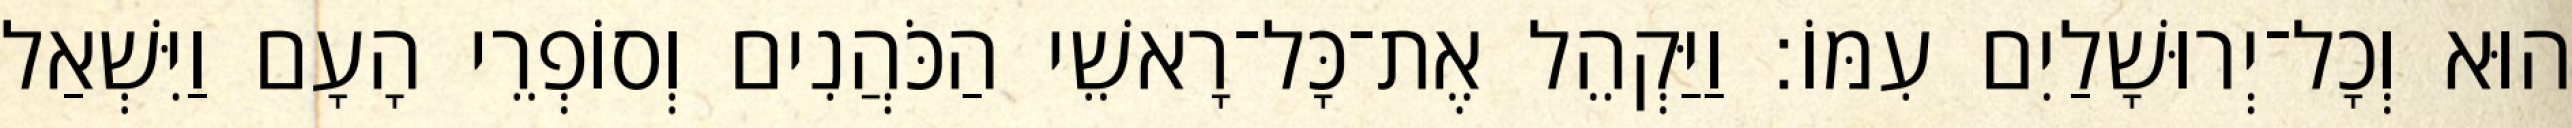
הוּא וְכָל־יְרוּשָׁלַיִם עִמּוֹ׃ וַיַּקְהֵל אֶת־כָּל־רָאשֵׁי הַכֹּהֲנִים וְסוֹפְרֵי הָעָם וַיִּשְׁאַל